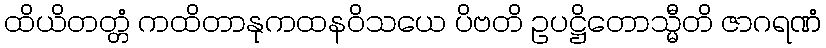
ထိယိတတ္တံ ကထိတာနုကထနဝိသယေ ပိဗတိ ဥပဋ္ဌိတောသ္မီတိ ဇာဂရဏံ